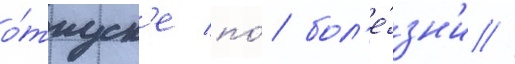
о́тпуск'е по́ бол'е́зн'и //